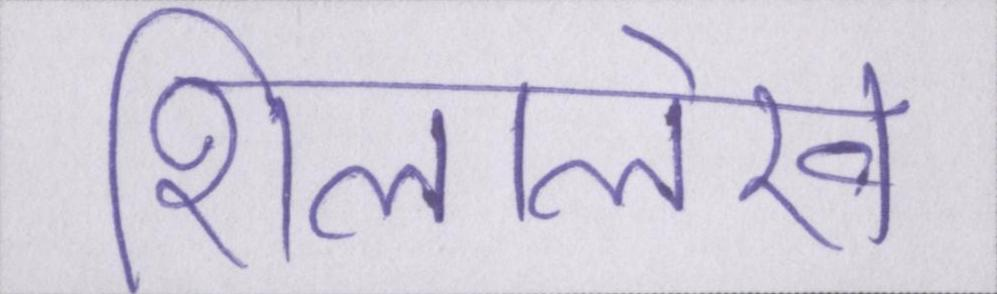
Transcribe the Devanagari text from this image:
शिलालेख